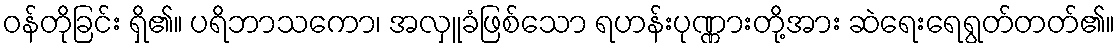
ဝန်တိုခြင်း ရှိ၏။ ပရိဘာသကော၊ အလှူခံဖြစ်သော ရဟန်းပုဏ္ဏားတို့အား ဆဲရေးရေရွတ်တတ်၏။